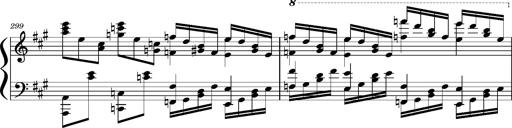
Title: Concerto sans orchestre, S.524a
Composer: Franz Liszt
Key: A major